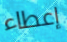
إعطاء